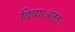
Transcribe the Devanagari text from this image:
दिया।अंततः